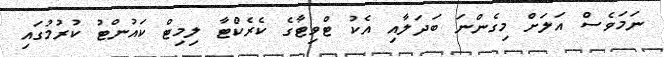
ނަމަވެސް އަލަށް މިގެންނަ ބަދަލާއި އެކު ޓްވިޓާގެ ކެރެކްޓާ ލިމިޓް ކައުންޓު ކުރުމުގައި